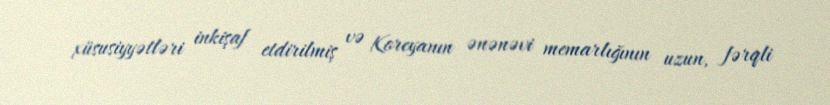
xüsusiyyətləri inkişaf etdirilmiş və Koreyanın ənənəvi memarlığının uzun, fərqli